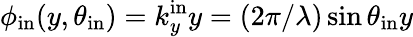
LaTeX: \phi_{\mathrm{in}}(y,\theta_{\mathrm{in}})=k_{y}^{\mathrm{in}}y=(2\pi/\lambda)\sin{\theta_{\mathrm{in}}}y